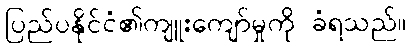
ပြည်ပနိုင်ငံ၏ကျူးကျော်မှုကို ခံရသည်။